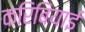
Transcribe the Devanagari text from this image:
करिबियाई